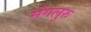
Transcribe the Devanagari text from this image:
मेंगलुरु